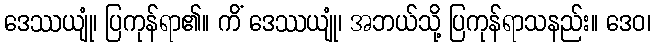
ဒေဿယျုံ၊ ပြကုန်ရာ၏။ ကိံ ဒေဿယျုံ၊ အဘယ်သို့ ပြကုန်ရာသနည်း။ ဒေဝ၊